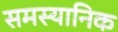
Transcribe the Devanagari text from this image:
समस्यानिक